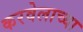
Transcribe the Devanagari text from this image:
करवेलाच्या